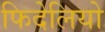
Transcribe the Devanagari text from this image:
फिदेलियो